Scottish Leaving Certificate Examination, 1953
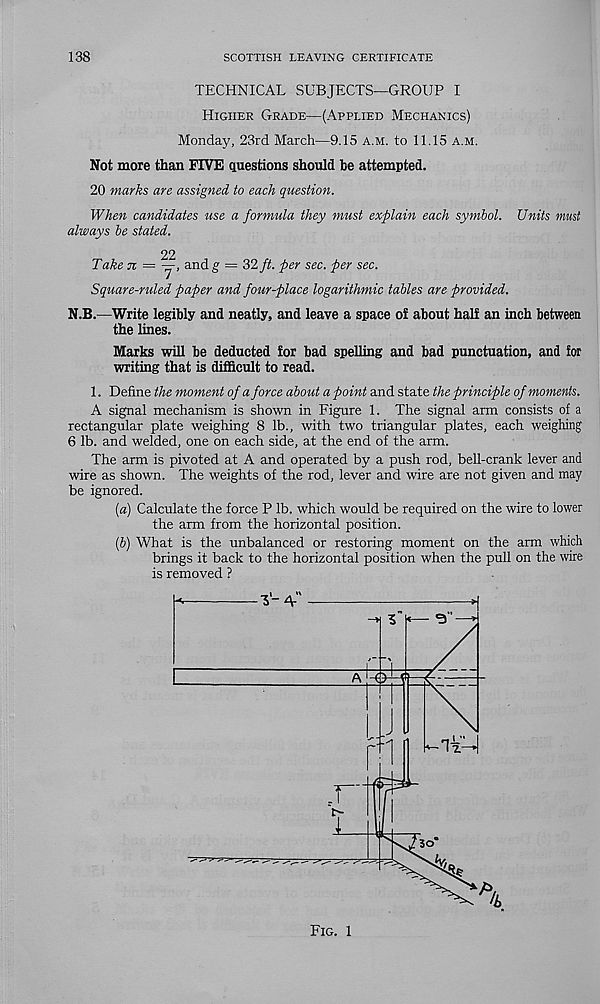
138
SCOTTISH LEAVING CERTIFICATE
TECHNICAL SUBJECTS—GROUP I
Higher Grade—(Applied Mechanics)
Monday, 23rd March—9.15 a.m. to 11.15 a.m.
Not more than FIVE questions should he attempted.
20 marks are assigned to each question.
When candidates use a formula they must explain each symbol. Units must
always be stated.
22
Take n = —, andg = 32 ft. per sec. per sec.
Square-ruled paper and four-place logarithmic tables are provided.
N.B.—Write legibly and neatly, and leave a space of about half an inch between
the lines.
Marks will be deducted for bad spelling and bad punctuation, and for
writing that is difficult to read.
1. Define the moment of a force about a point and state the principle of moments.
A signal mechanism is shown in Figure 1. The signal arm consists of a
rectangular plate weighing 8 lb., with two triangular plates, each weighing
6 lb. and welded, one on each side, at the end of the arm.
The arm is pivoted at A and operated by a push rod, bell-crank lever and
wire as shown. The weights of the rod, lever and wire are not given and may
be ignored.
[a) Calculate the force P lb. which would be required on the wire to lower
the arm from the horizontal position.
{b) What is the unbalanced or restoring moment on the arm which
brings it back to the horizontal position when the pull on the wire
is removed ?
Fig. 1